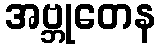
အဗ္ဘုတေန